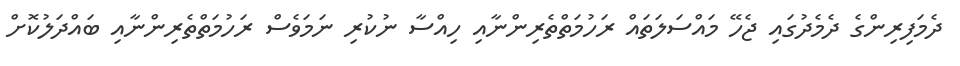
ދެމަފިރިންގެ ދެމެދުގައި ޖެހޭ މައްސަލަތައް ރަހުމަތްތެރިންނާއި ހިއްސާ ނުކުރި ނަމަވެސް ރަހުމަތްތެރިންނާއި ބައްދަލުކޮށް